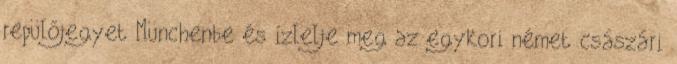
repülőjegyet Münchenbe és ízlelje meg az egykori német császári